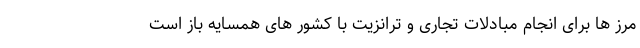
مرز ها برای انجام مبادلات تجاری و ترانزیت با کشور های همسایه باز است